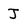
Character: J